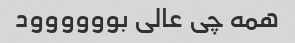
همه چی عالی بوووووود